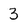
Character: 3